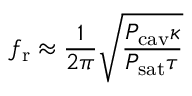
f _ { \mathrm { r } } \approx \frac { 1 } { 2 \pi } \sqrt { \frac { P _ { \mathrm { c a v } } \kappa } { P _ { \mathrm { s a t } } \tau } }